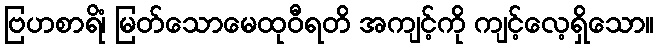
ဗြဟစာရိံ၊ မြတ်သောမေထုဝီရတိ အကျင့်ကို ကျင့်လေ့ရှိသော။